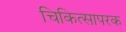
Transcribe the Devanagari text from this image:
चिकित्सापरक